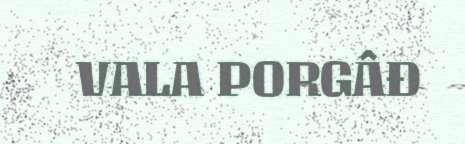
VALA PORGÂĐ